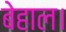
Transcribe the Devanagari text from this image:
बेहाल।